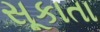
સૂકાતા